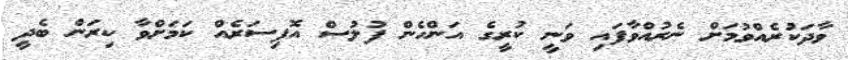
ވާދަކުރެއްވުމަށް ނެރުއްވާފައި ވަނީ ކުރީގެ އަންހެން ފުލުސް އޮފިސަރެއް ކަމަށްވާ ކިރަން ބެދީ